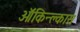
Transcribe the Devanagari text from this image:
ऑकिन्क्लास